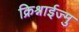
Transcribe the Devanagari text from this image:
क्रिश्नाईज्मु